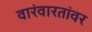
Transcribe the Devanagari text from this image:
वारंवारतांवर